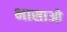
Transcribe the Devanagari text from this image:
भासाओ